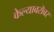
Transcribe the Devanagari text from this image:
केल्याबरॊबर